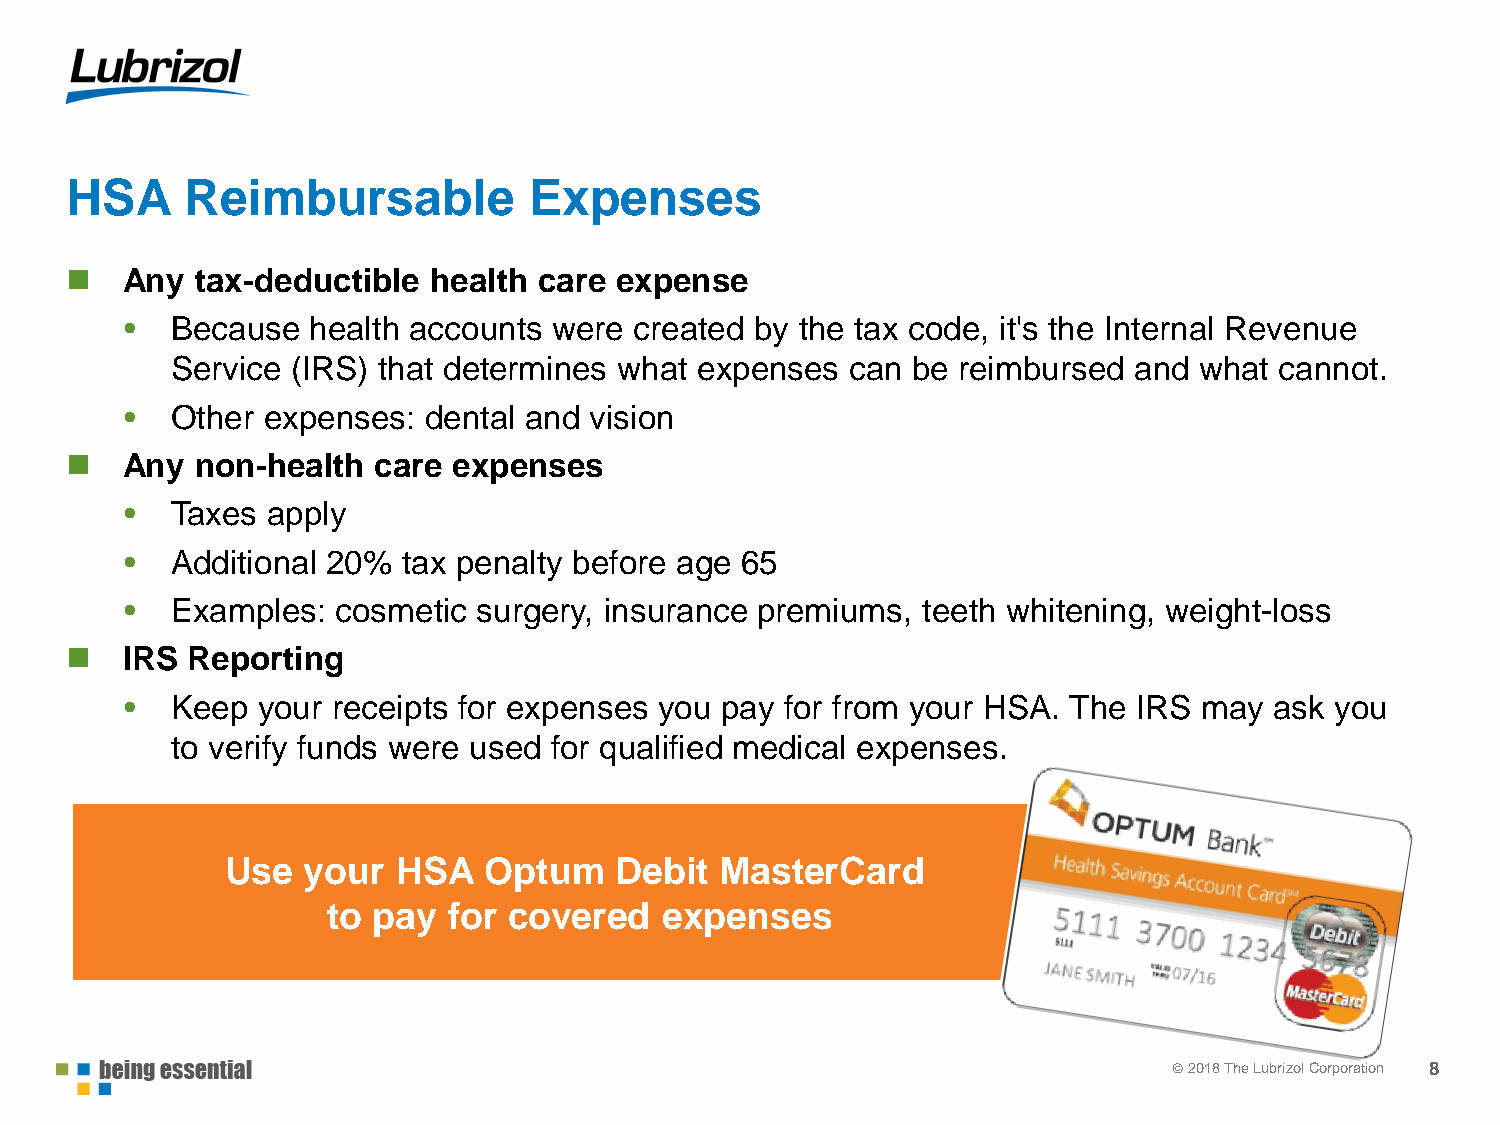
HSA     Reimbursable           Expenses
    Any  tax-deductible health  care expense
 •  Because  health accounts  were created by the tax code, it's the Internal Revenue
 Service (IRS) that determines what expenses  can be reimbursed  and what  cannot.
 •  Other expenses:  dental and vision
    Any  non-health  care expenses
 •  Taxes  apply
 •  Additional 20%  tax penalty before age 65
 •  Examples:  cosmetic  surgery, insurance premiums, teeth whitening, weight-loss
    IRS Reporting
 •  Keep  your receipts for expenses you pay for from your HSA. The IRS  may ask you
 to verify funds were used for qualified medical expenses.
 Use  your  HSA   Optum    Debit  MasterCard
 to pay  for covered   expenses
 © 22001178 TThhee LLuubbrrizizool lC Coorprpoorartaiotinon 8